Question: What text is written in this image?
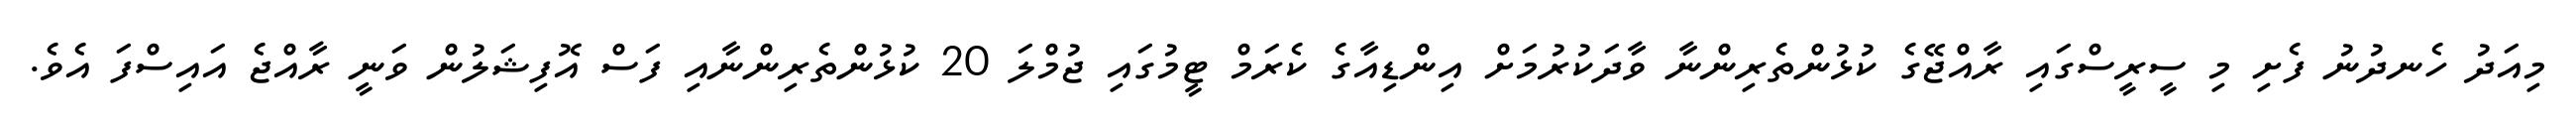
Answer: މިއަދު ހެނދުނު ފެށި މި ސީރީސްގައި ރާއްޖޭގެ ކުޅުންތެރިންނާ ވާދަކުރުމަށް އިންޑިއާގެ ކެރަމް ޓީމުގައި ޖުމްލަ 20 ކުޅުންތެރިންނާއި ފަސް އޮފިޝަލުން ވަނީ ރާއްޖެ އައިސްފަ އެވެ.